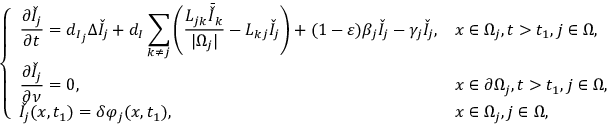
\left\{ \begin{array} { l l } { \displaystyle \frac { \partial \check { I } _ { j } } { \partial t } = d _ { I _ { j } } \Delta \check { I } _ { j } + d _ { I } \sum _ { k \neq j } \left( \frac { L _ { j k } { \bar { \check { I } } } _ { k } } { | \Omega _ { j } | } - L _ { k j } \check { I } _ { j } \right) + ( 1 - \varepsilon ) \beta _ { j } \check { I } _ { j } - \gamma _ { j } \check { I } _ { j } , } & { x \in \Omega _ { j } , t > t _ { 1 } , j \in \Omega , } \\ { \displaystyle \frac { \partial \check { I } _ { j } } { \partial \nu } = 0 , } & { x \in \partial \Omega _ { j } , t > t _ { 1 } , j \in \Omega , } \\ { \displaystyle \check { I } _ { j } ( x , t _ { 1 } ) = \delta \varphi _ { j } ( x , t _ { 1 } ) , } & { x \in \Omega _ { j } , j \in \Omega , } \end{array} \right.